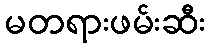
မတရားဖမ်းဆီး